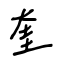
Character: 奎